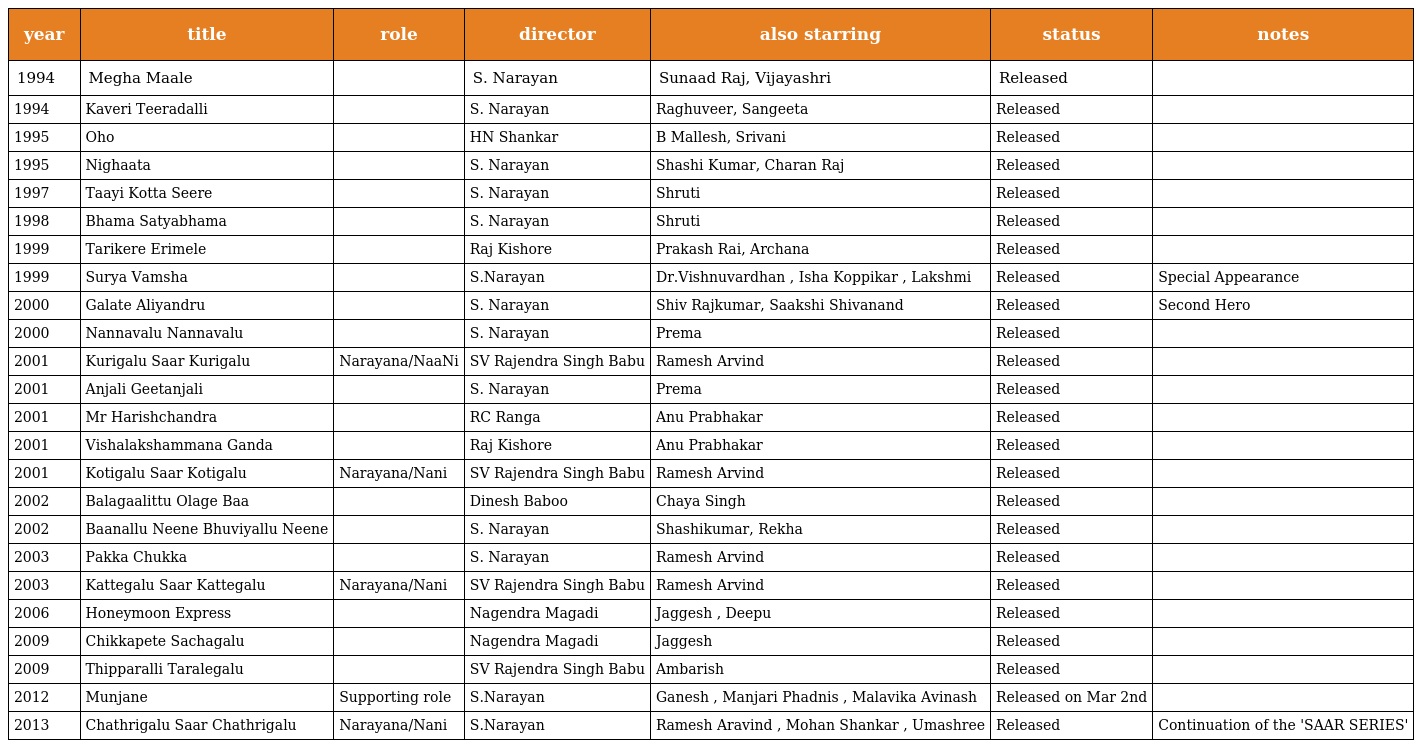
| year | title | role | director | also starring | status | notes |
 | --- | --- | --- | --- | --- | --- | --- |
 | 1994 | Megha Maale |  | S. Narayan | Sunaad Raj, Vijayashri | Released |  |
 | 1994 | Kaveri Teeradalli |  | S. Narayan | Raghuveer, Sangeeta | Released |  |
 | 1995 | Oho |  | HN Shankar | B Mallesh, Srivani | Released |  |
 | 1995 | Nighaata |  | S. Narayan | Shashi Kumar, Charan Raj | Released |  |
 | 1997 | Taayi Kotta Seere |  | S. Narayan | Shruti | Released |  |
 | 1998 | Bhama Satyabhama |  | S. Narayan | Shruti | Released |  |
 | 1999 | Tarikere Erimele |  | Raj Kishore | Prakash Rai, Archana | Released |  |
 | 1999 | Surya Vamsha |  | S.Narayan | Dr.Vishnuvardhan , Isha Koppikar , Lakshmi | Released | Special Appearance |
 | 2000 | Galate Aliyandru |  | S. Narayan | Shiv Rajkumar, Saakshi Shivanand | Released | Second Hero |
 | 2000 | Nannavalu Nannavalu |  | S. Narayan | Prema | Released |  |
 | 2001 | Kurigalu Saar Kurigalu | Narayana/NaaNi | SV Rajendra Singh Babu | Ramesh Arvind | Released |  |
 | 2001 | Anjali Geetanjali |  | S. Narayan | Prema | Released |  |
 | 2001 | Mr Harishchandra |  | RC Ranga | Anu Prabhakar | Released |  |
 | 2001 | Vishalakshammana Ganda |  | Raj Kishore | Anu Prabhakar | Released |  |
 | 2001 | Kotigalu Saar Kotigalu | Narayana/Nani | SV Rajendra Singh Babu | Ramesh Arvind | Released |  |
 | 2002 | Balagaalittu Olage Baa |  | Dinesh Baboo | Chaya Singh | Released |  |
 | 2002 | Baanallu Neene Bhuviyallu Neene |  | S. Narayan | Shashikumar, Rekha | Released |  |
 | 2003 | Pakka Chukka |  | S. Narayan | Ramesh Arvind | Released |  |
 | 2003 | Kattegalu Saar Kattegalu | Narayana/Nani | SV Rajendra Singh Babu | Ramesh Arvind | Released |  |
 | 2006 | Honeymoon Express |  | Nagendra Magadi | Jaggesh , Deepu | Released |  |
 | 2009 | Chikkapete Sachagalu |  | Nagendra Magadi | Jaggesh | Released |  |
 | 2009 | Thipparalli Taralegalu |  | SV Rajendra Singh Babu | Ambarish | Released |  |
 | 2012 | Munjane | Supporting role | S.Narayan | Ganesh , Manjari Phadnis , Malavika Avinash | Released on Mar 2nd |  |
 | 2013 | Chathrigalu Saar Chathrigalu | Narayana/Nani | S.Narayan | Ramesh Aravind , Mohan Shankar , Umashree | Released | Continuation of the 'SAAR SERIES' |